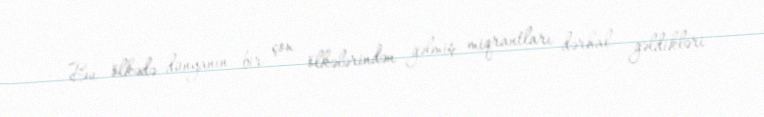
Bu ölkədə dünyanın bir çox ölkələrindən gəlmiş miqrantları dərhal gəldikləri